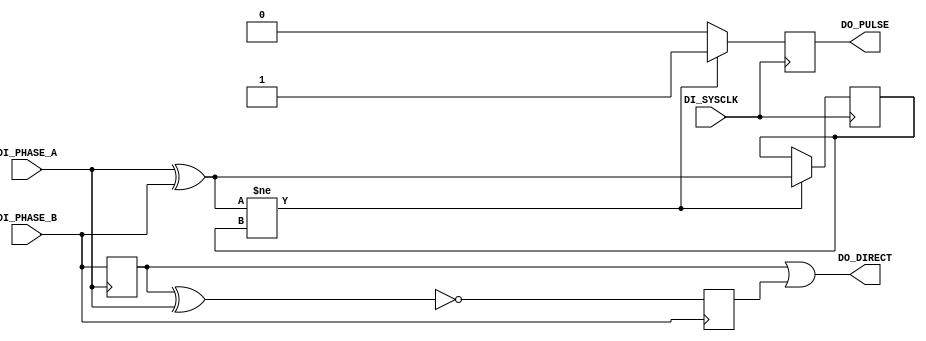
module TERAISC_AB_DECODER
(
    DI_SYSCLK,
    DI_PHASE_A,
    DI_PHASE_B,    
    DO_PULSE,
    DO_DIRECT
);

//    input
//
input DI_SYSCLK;
input DI_PHASE_A;
input DI_PHASE_B;

//    output
//
output DO_PULSE;
output DO_DIRECT;

//    register
//
reg DO_PULSE;
reg PULSE_DOUBLE;
reg PULSE_DOUBLE_LAST;
reg DIRECT;
reg DIRECT_PATCH;


//    decode direct from phase A and B
//
always @(posedge DI_PHASE_A) DIRECT = DI_PHASE_B;
always @(posedge DI_PHASE_B) DIRECT_PATCH = ~(DIRECT ^ DI_PHASE_A);
assign DO_DIRECT = DIRECT | DIRECT_PATCH;

//    decode pulse from phase A and B
//
always PULSE_DOUBLE = DI_PHASE_A ^ DI_PHASE_B;

always @(posedge DI_SYSCLK) 
begin
    if(PULSE_DOUBLE != PULSE_DOUBLE_LAST) 
	begin
        DO_PULSE = 1'b1;
        PULSE_DOUBLE_LAST = PULSE_DOUBLE;
    end
    else begin
        DO_PULSE = 1'b0;
    end
    
end

endmodule